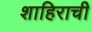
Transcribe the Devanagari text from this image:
शाहिराची